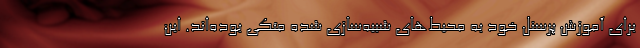
برای آموزش پرسنل خود به محیط‌های شبیه‌سازی شده متکی بوده‌اند. این